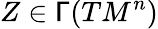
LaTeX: Z\in\mathsf{\Gamma}(TM^{n})